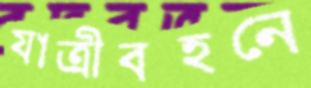
যাত্রীবহনে